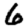
Digit: 6